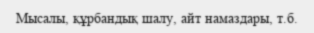
Мысалы, құрбандық шалу, айт намаздары, т.б.